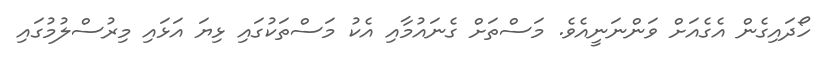
ހޯދައިގެން އެގެއަށް ވަންނަނީއެވެ. މަސްތަށް ގެނައުމާއި އެކު މަސްތަކުގައި ޅިޔަ އަޅައި މިރުސްލުމުގައި